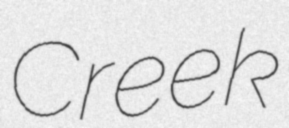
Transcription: Creek